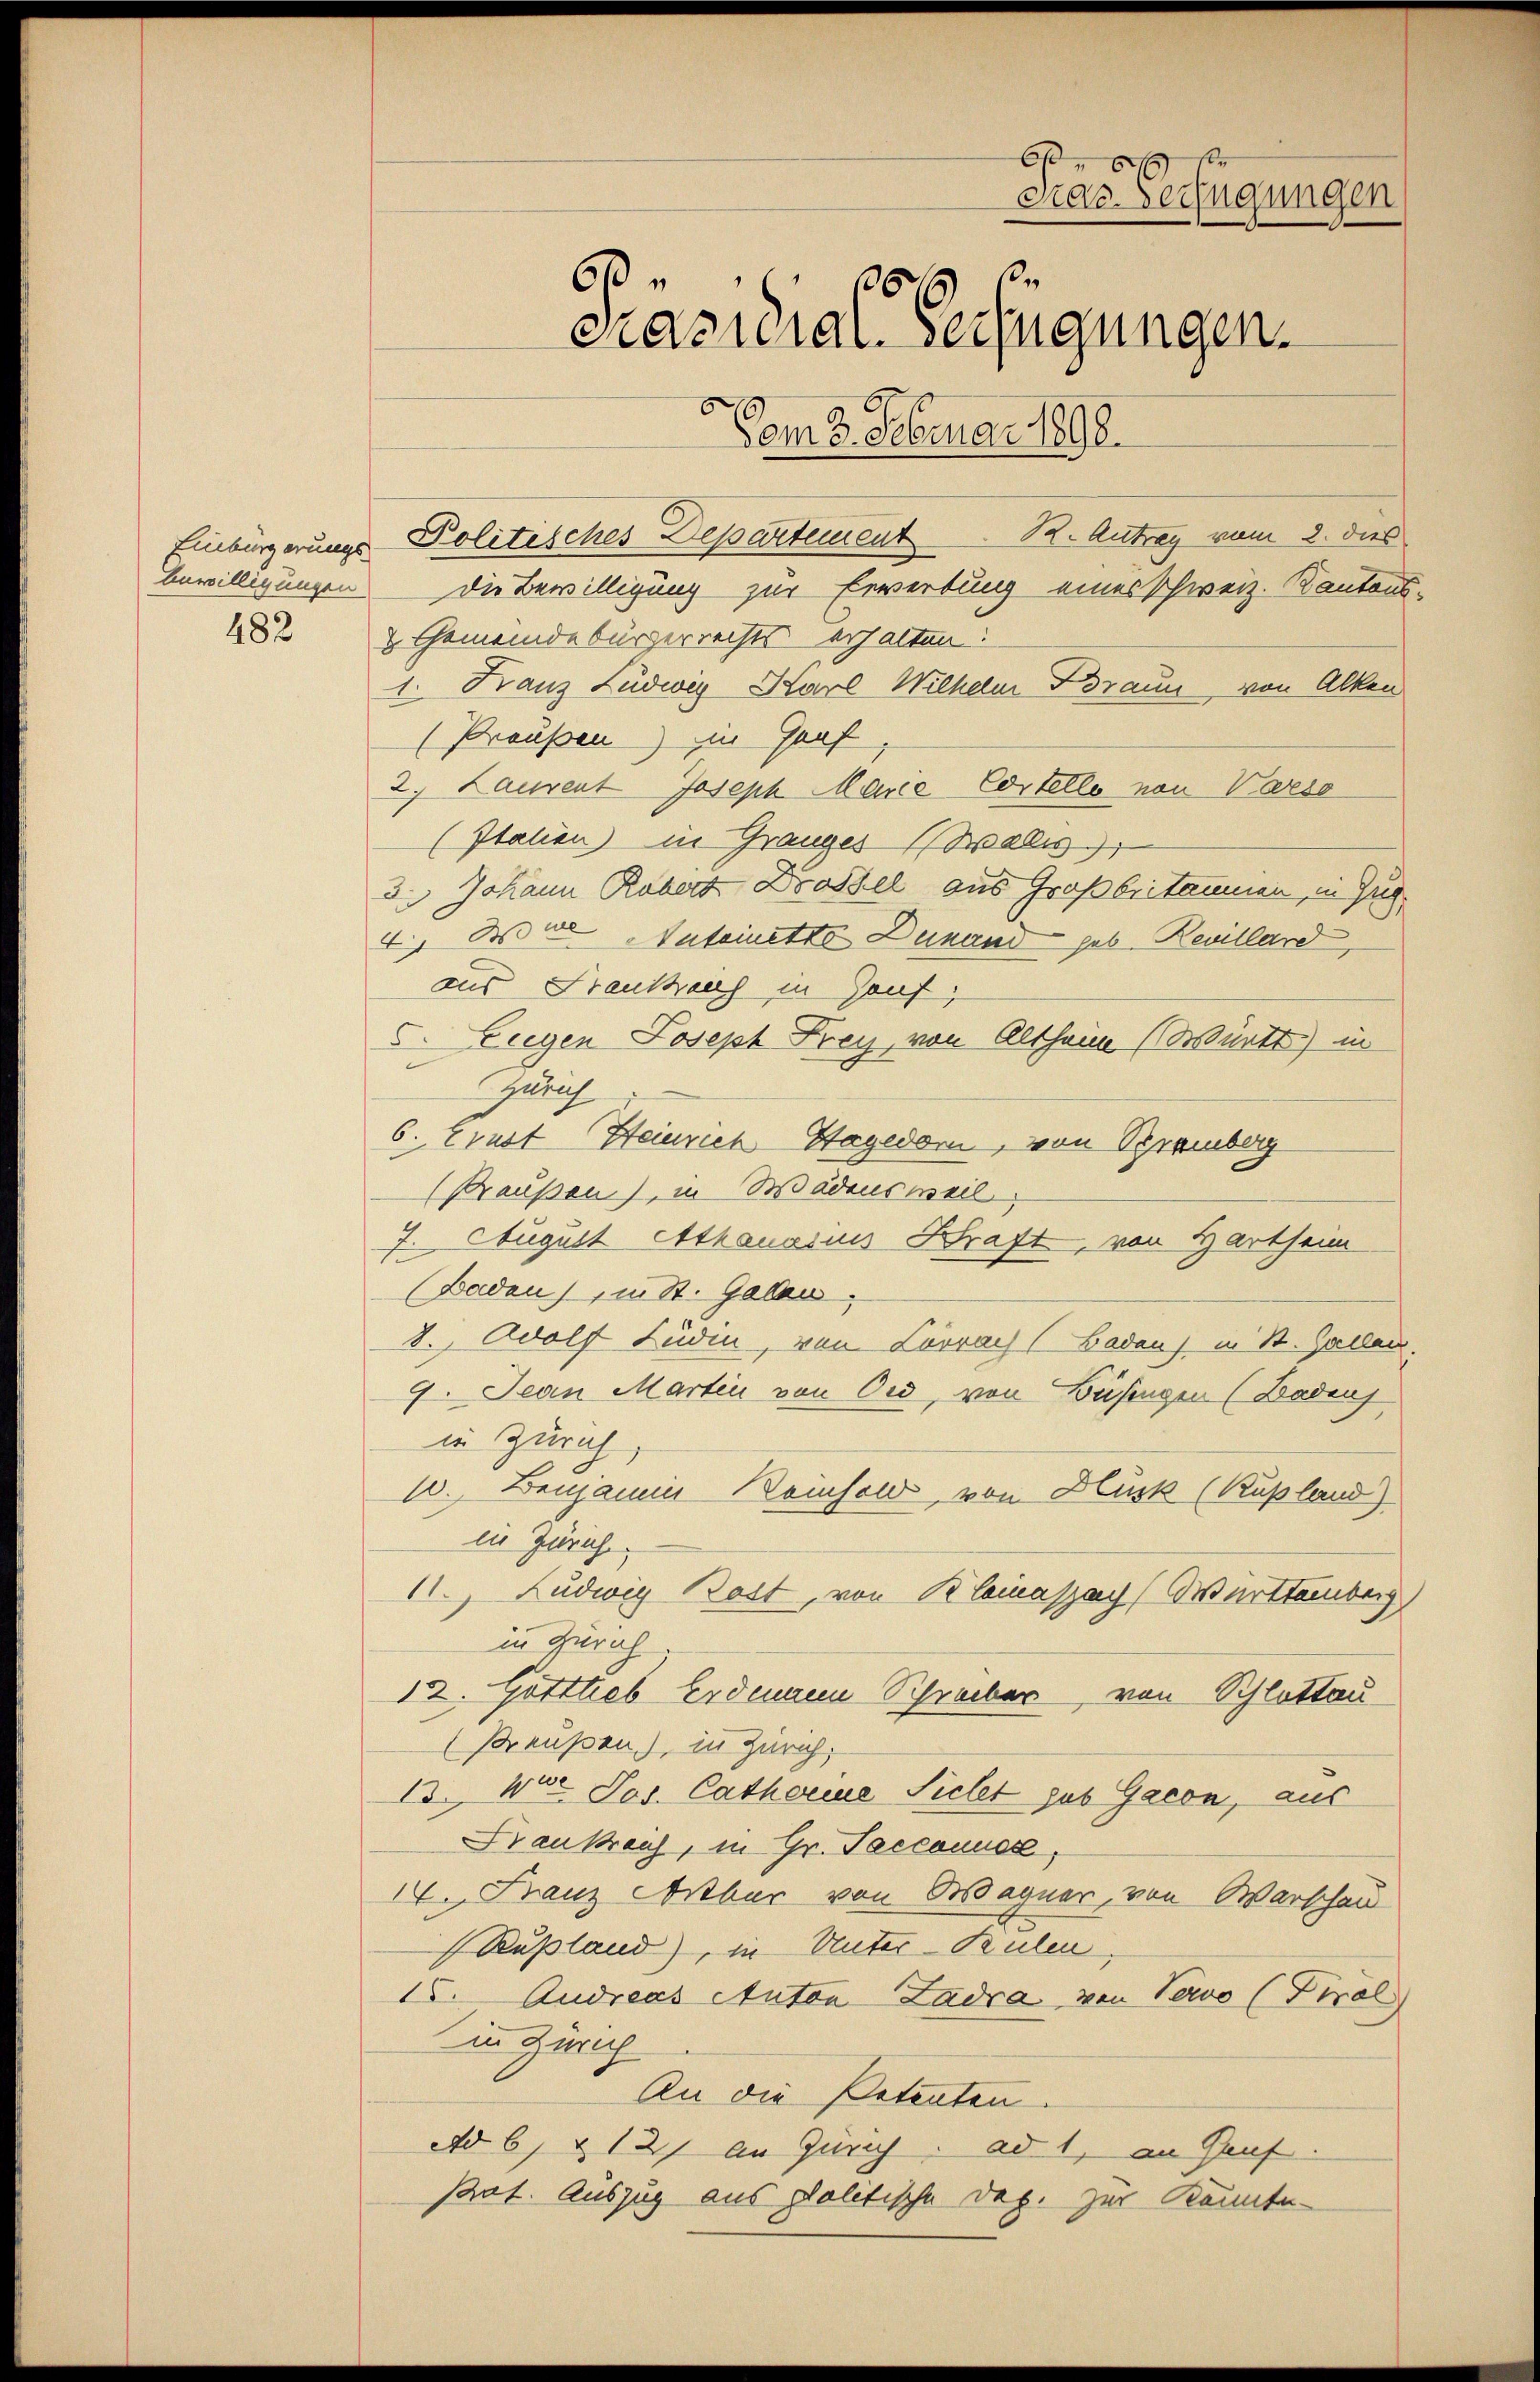
482

Einbürgerungs Politisches Departement. Antrag vom 2. dies
bewilligungen die Bewilligung zur Erwerbung eines schweiz. Kantons-
& Gemeindebürgerrechts erhalten:
1. Franz Ludwig Karl Wilhelm Braun von Alken
(Preußen) in Graf
2. Laurent Joseph Marie Cortelle von Vorso
(Italien) in Grauges (Salis
3. Johann Robers Drossel aus Großbritamen, in Zug
4. Wie Internette Dunand geb. Revillard
aus Freuthaus in Hauf;
 Eugen Josept Frey, von Altheim (Württ) in
Zürich
6. Ernst Heinrich Hagedor, von Bramberg
Braussen), in Wädensweil
7. August Athanarius Kraft, von Hartheim
(Baden), in St. Gaber
2. Adolf Lüdin, von Lörrach (Badans in St. Gallen.
7. Jean Martin von Ord, von Büsingen (Badenj
in Zürich,
1. Benjamin Beinhold, von Blück (Kußland)
iie Zürich
II. Ludwig Bott, von Klinaszach Württemberg,
in Zürich
12. Gottlieb Erdmann Schreiber, von Schlottau
Preußen), in Zürich,
13. Wooe Pos. Catharine Sichet sub Gacon, aus
rankreis, in Gr. Pecconuse,
14. Franz Aber von Wagner, von Warschau
Rußland), in Unter-Kulen,
15. Andreas Auton-Zadia von Vervo (Firal
in Zürich
An die Petenten.
Ad 6. & 12 an Zürich. ad 1, an Hauf.
Prat. Auszug aus politische Dap. zur Kenntn

661
mias Verfügungen
s.
6
1870
Präsidial-Verfügungen.
Vom 3. Februar 1890.